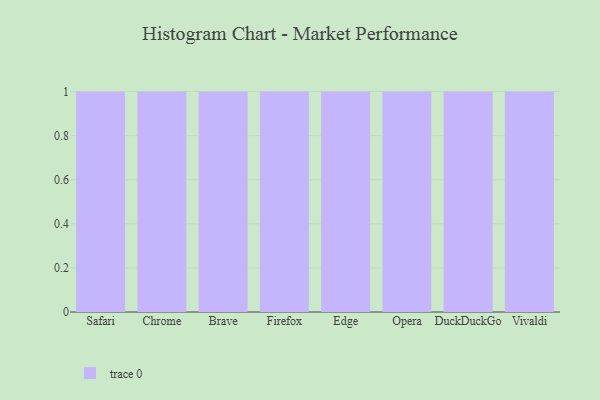
{"axis": {"x": "Browser", "y": "Temperature (°C)"}, "legend": [""], "data": [{"x": "Safari", "y": 24, "type": ""}, {"x": "Chrome", "y": 86, "type": ""}, {"x": "Brave", "y": 80, "type": ""}, {"x": "Firefox", "y": 1, "type": ""}, {"x": "Edge", "y": 81, "type": ""}, {"x": "Opera", "y": 32, "type": ""}, {"x": "DuckDuckGo", "y": 50, "type": ""}, {"x": "Vivaldi", "y": 10, "type": ""}]}